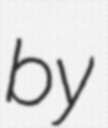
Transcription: by